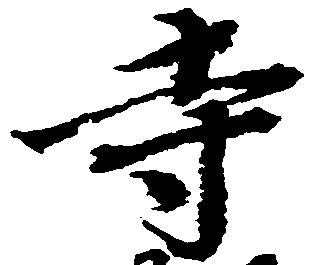
寺